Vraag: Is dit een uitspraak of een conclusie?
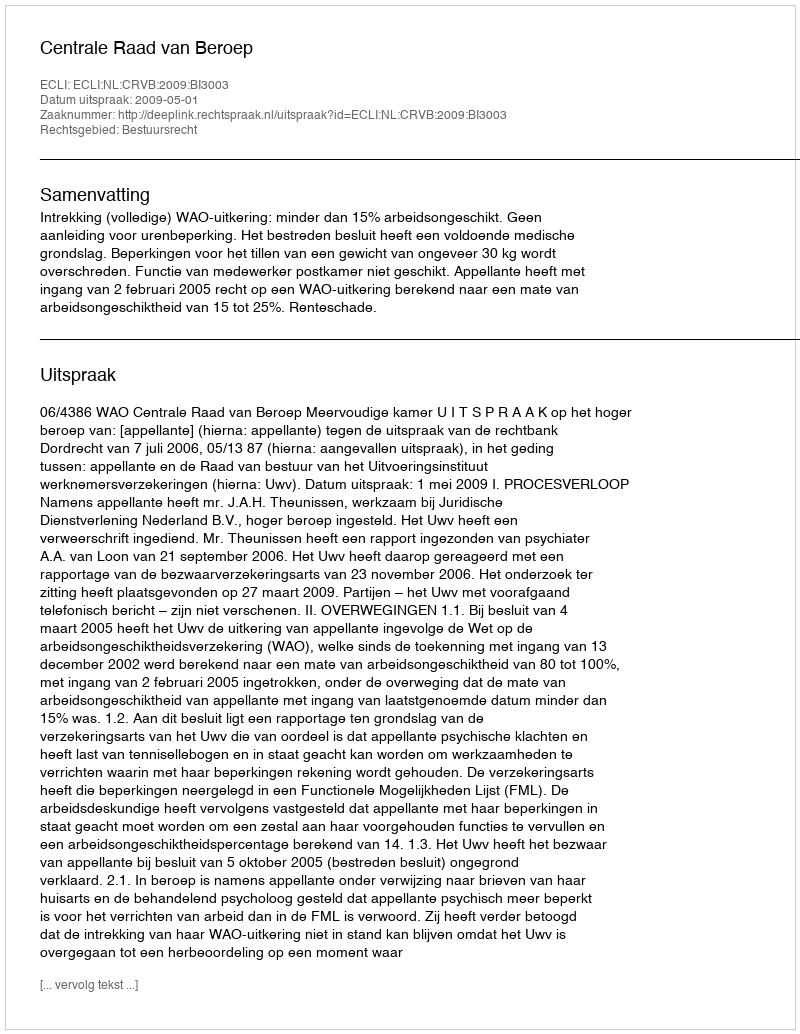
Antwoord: Uitspraak